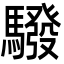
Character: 驋